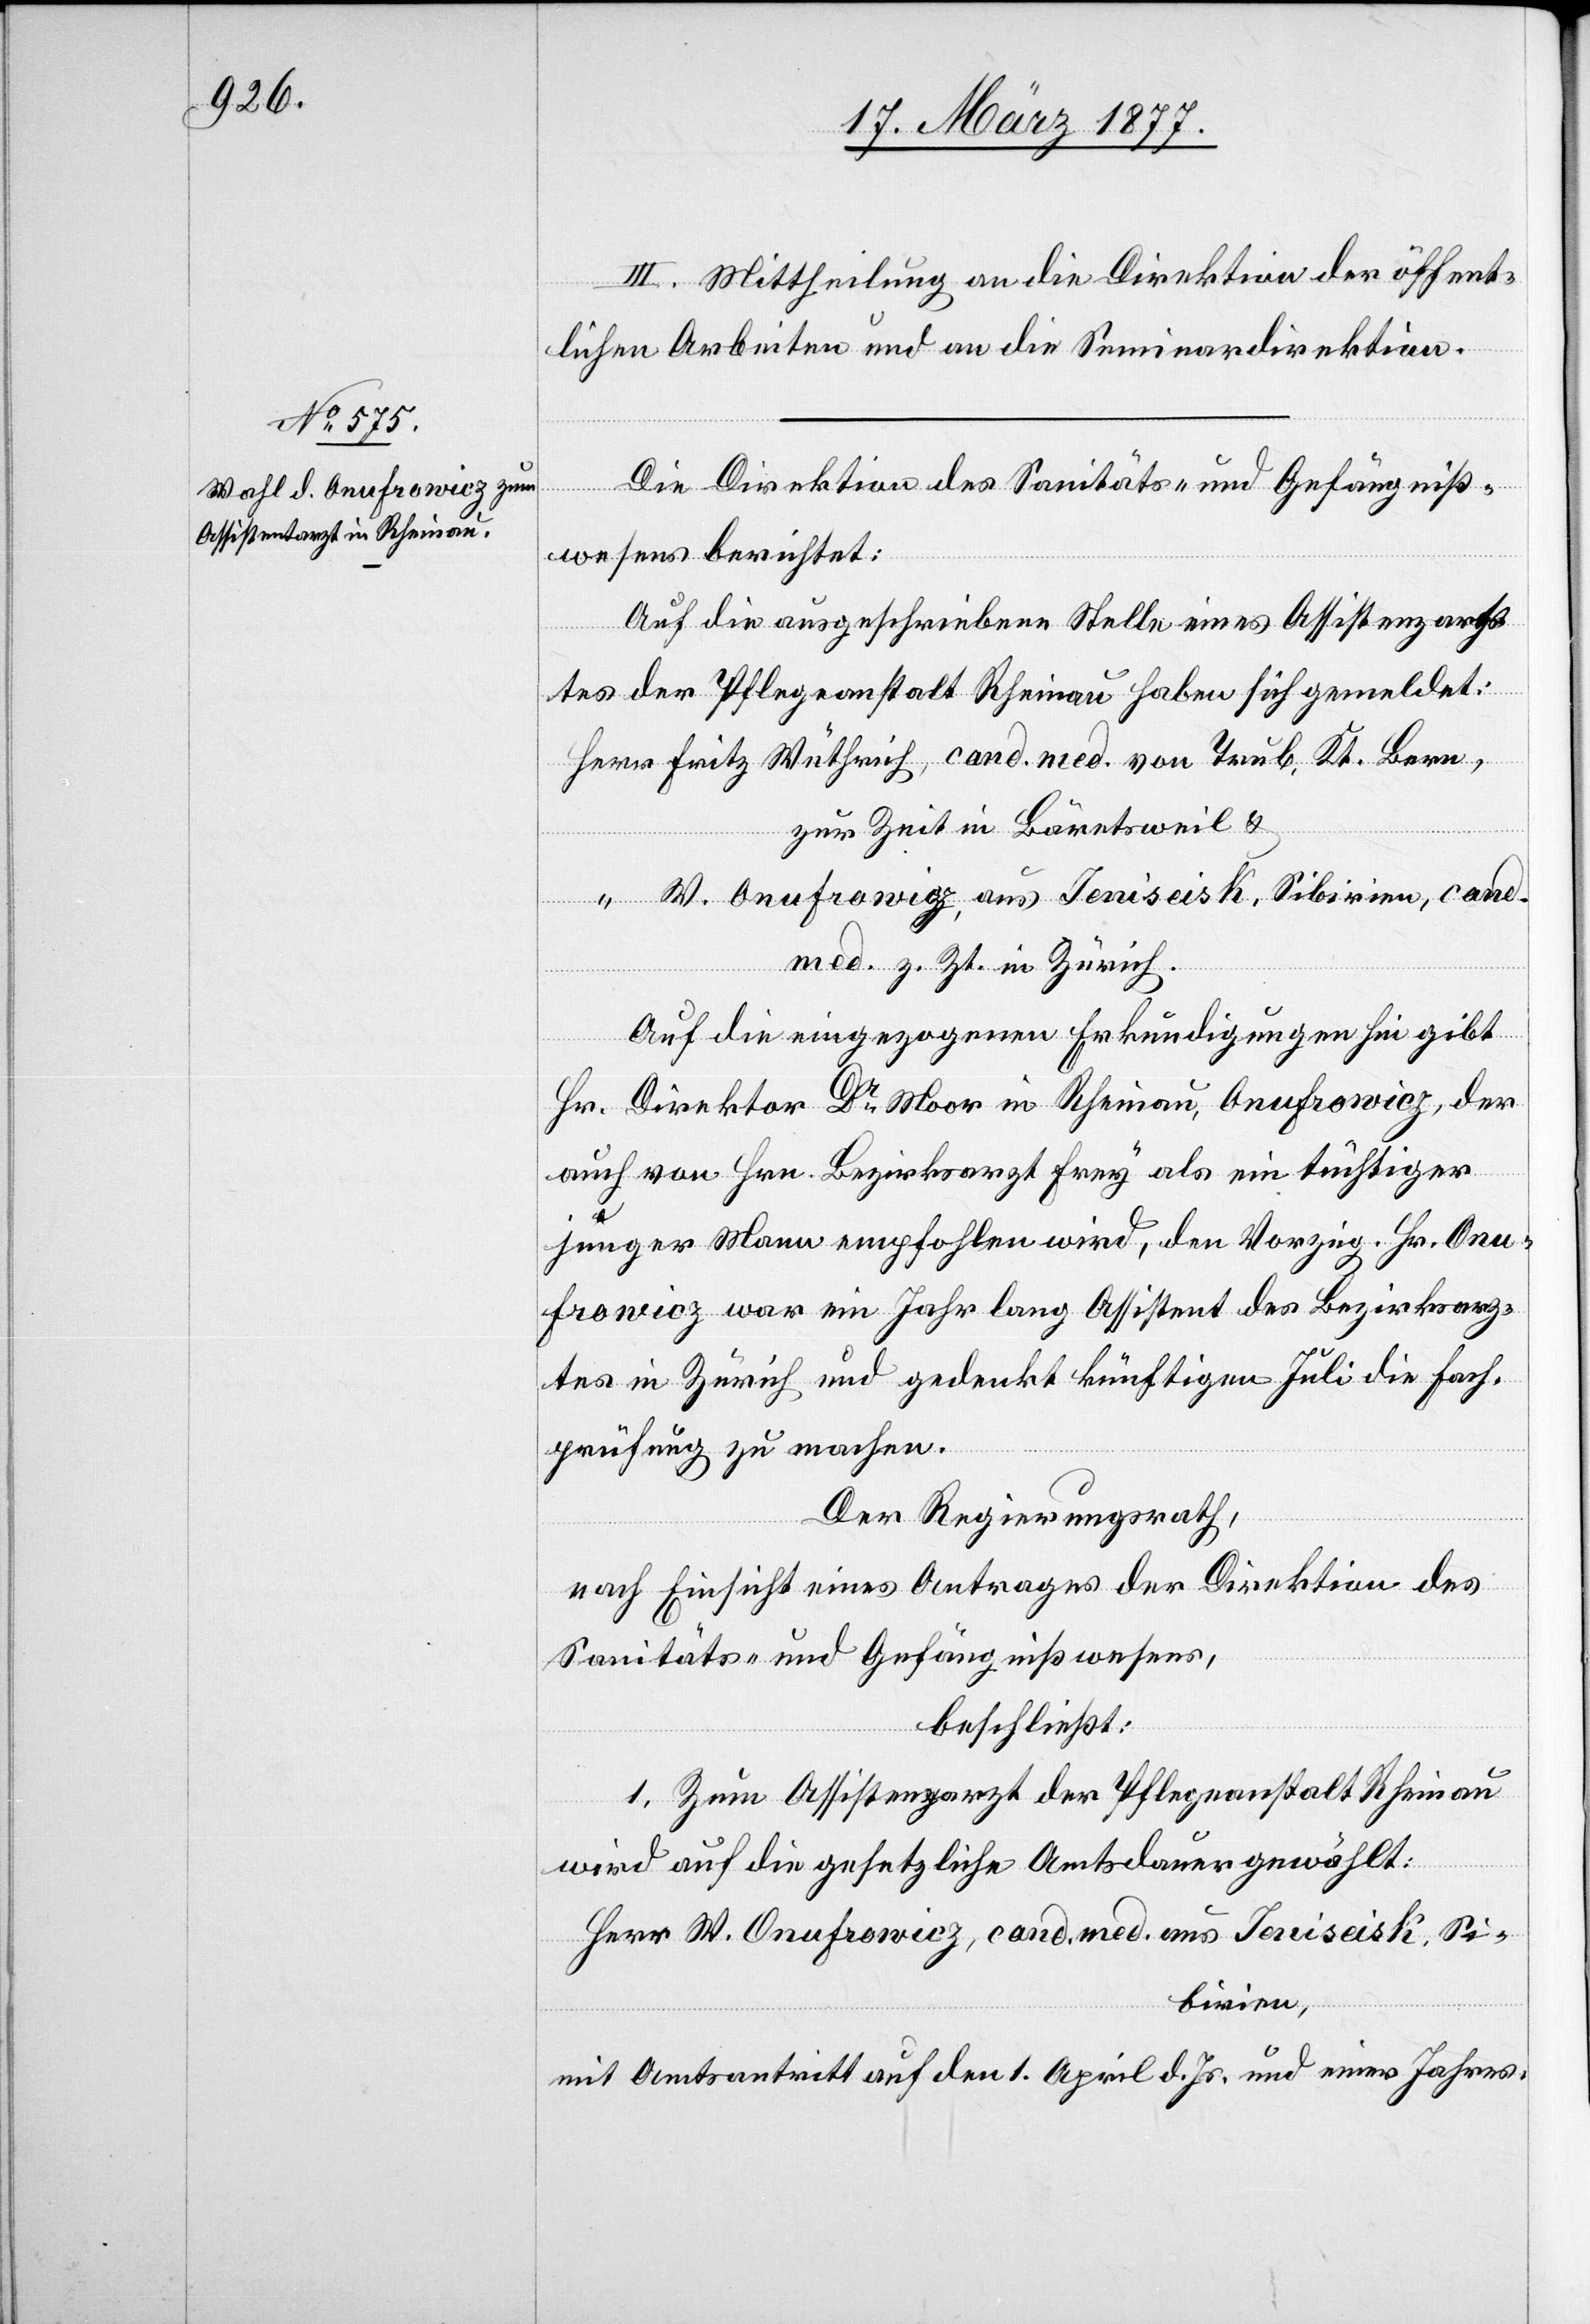
III. Mittheilung an die Direktion der öffent¬
lichen Arbeiten und an die Seminardirektion.
Die Direktion des Sanitäts- und Gefängniß¬
wesens berichtet:
Auf die ausgeschriebene Stelle eines Assistenzarz¬
tes der Pflegeanstalt Rheinau haben sich gemeldet:
Herr Fritz Wüthrich, cand. med. von Trub, Kt. Bern.
zur Zeit in Bäretsweil &
“ W. Onufrowicz, aus Jeniseisk, Sibirien, cand.
med. z. Zt. in Zürich.
Auf die eingezogenen Erkundigungen hin gibt
Hr. Direktor Dr Moor in Rheinau, Onufrowicz, der
auch von Hrn. Bezirksarzt Frey als ein tüchtiger
junger Mann empfohlen wird, den Vorzug. Hr. Onu¬
frowicz war ein Jahr lang Assistent des Bezirksarz¬
tes in Zürich und gedenkt künftigen Juli die Fach¬
prüfung zu machen.
Der Regierungsrath,
nach Einsicht eines Antrages der Direktion des
Sanitäts- und Gefängnißwesens,
beschließt:
1. Zum Assistenzarzt der Pflegeanstalt Rheinau
wird auf die gesetzliche Amtsdauer gewählt:
Herr W. Onufrowicz, cand. med. aus Jeniseisk, Si¬
birien,
mit Amtsantritt auf den 1. April d. Js. und einer Jahres-